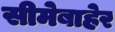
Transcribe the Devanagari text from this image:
सीमेबाहेर